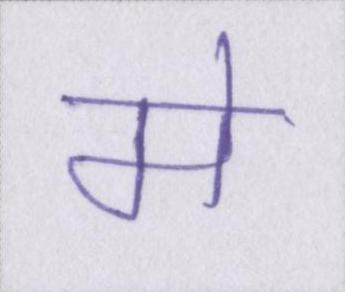
मे